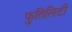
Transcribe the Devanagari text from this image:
फुतिलिटी